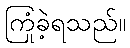
ကြုံခဲ့ရသည်။